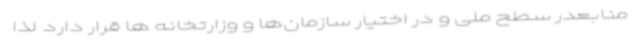
منابعدر سطح ملی و در اختیار سازمان‌ها و وزارتخانه ها قرار دارد لذا